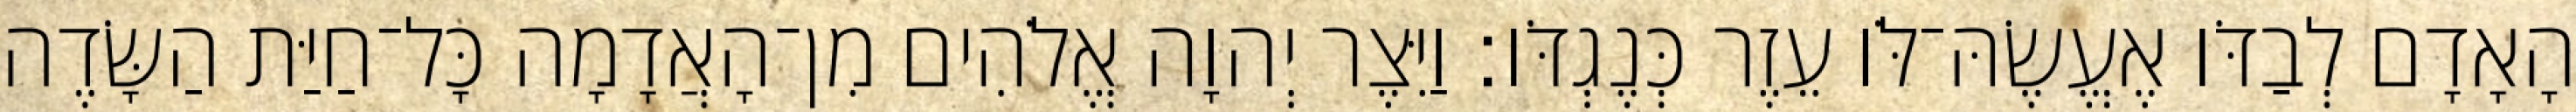
הָאָדָם לְבַדֹּו אֶעֱשֶׂהּ־לֹּו עֵזֶר כְּנֶגְדֹּו׃ וַיִּצֶר יְהוָה אֱלֹהִים מִן־הָאֲדָמָה כָּל־חַיַּת הַשָּׂדֶה